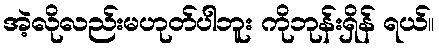
အဲ့လိုလည်းမဟုတ်ပါဘူး ကိုဘုန်းရှိန် ရယ်။